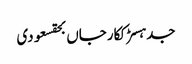
جدہسڑککارجاں بحقسعودی